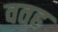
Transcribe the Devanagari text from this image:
वतह